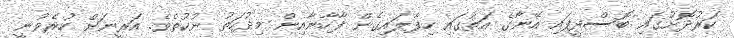
ކަރުދޮށުގައި ބޮސްދީފައި އޭނާގެ އަތުގައި ހިފާލައިގެން ފާހާނާއިން މިދުހަތު ނުކުތެވެ. އަރީނަށް ހުރެވުނީ